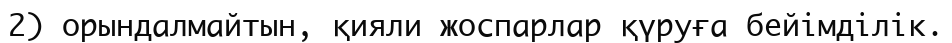
2) орындалмайтын, қияли жоспарлар қүруға бейімділік.